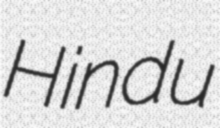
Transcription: Hindu